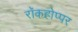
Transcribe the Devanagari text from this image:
रॉकहोप्पर